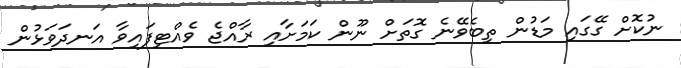
ނުކޮށް ގޭގައި މަޑުން ތިބެވޭނެ ގޮތަށް ނޫން ކަމަށާއި ރާއްޖެ ވެއްޓިފައިވާ އަނދަވަޅުން